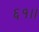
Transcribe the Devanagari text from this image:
६१।।